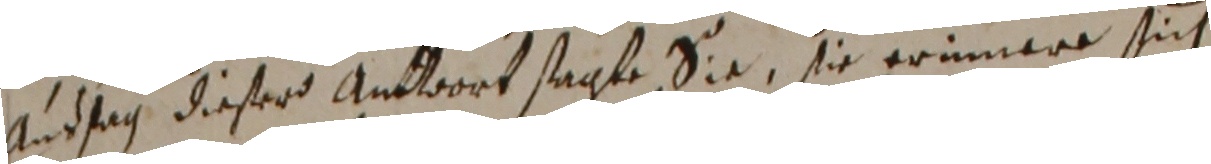
Andtag dieser antwort sagte Sie, sie erinnere sich